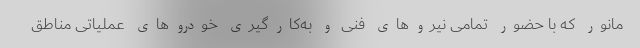
مانور که با حضور تمامی نیروهای فنی و به‌کارگیری خودروهای عملیاتی مناطق